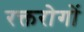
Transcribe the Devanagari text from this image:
रक्तरोगों